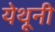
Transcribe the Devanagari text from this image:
येथूनी